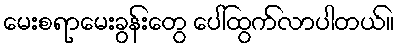
မေးစရာမေးခွန်းတွေ ပေါ်ထွက်လာပါတယ်။